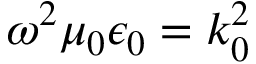
\omega ^ { 2 } \mu _ { 0 } \epsilon _ { 0 } = k _ { 0 } ^ { 2 }